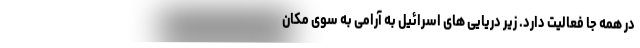
در همه جا فعالیت دارد. زیر دریایی های اسرائیل به آرامی به سوی مکان